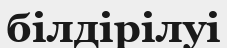
білдірілуі